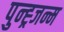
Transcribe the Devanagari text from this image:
पुन्ह्र्जन्म